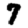
Digit: 7